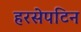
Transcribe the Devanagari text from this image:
हरसेपटिन